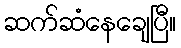
ဆက်ဆံနေချေပြီ။